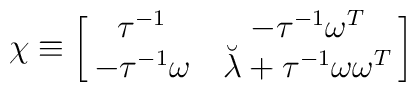
\chi \equiv \left [ \matrix{\tau^{-1} & -\tau^{-1}\omega^{T} \cr-\tau^{-1}\omega & \breve{\lambda} + \tau^{-1} \omega \omega^{T}}\right ]